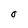
Character: O